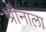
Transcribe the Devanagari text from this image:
श्रीनाला